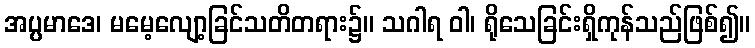
အပ္ပမာဒေ၊ မမေ့လျော့ခြင်သတိတရား၌။ သဂါရ ဝါ၊ ရိုသေခြင်းရှိကုန်သည်ဖြစ်၍။